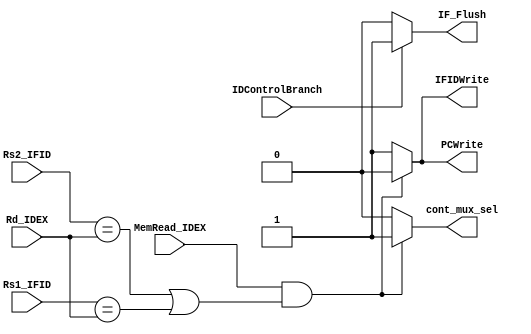
`timescale 1ns / 1ps

module hazard_detection_unit(
    input [4:0] Rs1_IFID,
    input [4:0] Rs2_IFID,
    input [4:0] Rd_IDEX,
    input MemRead_IDEX,
    input IDControlBranch,
    output reg PCWrite,
    output reg IFIDWrite,
    output reg cont_mux_sel,
    output reg IF_Flush
    );
    
    always @(*)
        begin
        
            if((MemRead_IDEX == 1'b1) &  ((Rs2_IFID == Rd_IDEX) | (Rs1_IFID == Rd_IDEX))) begin
                PCWrite = 1'b0;
                IFIDWrite = 1'b0;
                cont_mux_sel = 1'b1;
            end else begin
                PCWrite = 1'b1;
                IFIDWrite = 1'b1;
                cont_mux_sel = 1'b0;
            end
            
            if(IDControlBranch == 1'b1) IF_Flush = 1'b1;
            else IF_Flush = 1'b0;
                  
        end
    
endmodule